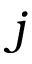
j